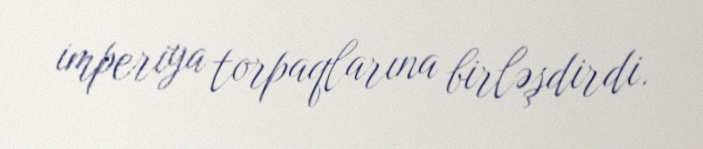
imperiya torpaqlarına birləşdirdi.